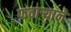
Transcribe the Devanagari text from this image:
फवार्‍याने